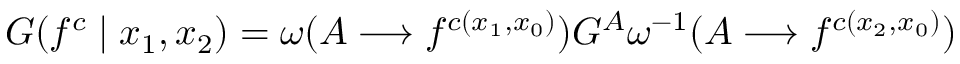
G ( f ^ { c } \mid x _ { 1 } , x _ { 2 } ) = \omega ( A \longrightarrow f ^ { c ( x _ { 1 } , x _ { 0 } ) } ) G ^ { A } \omega ^ { - 1 } ( A \longrightarrow f ^ { c ( x _ { 2 } , x _ { 0 } ) } )